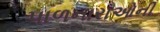
પાળનારાઓની